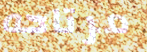
مرتاحه